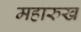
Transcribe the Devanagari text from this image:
महारुख